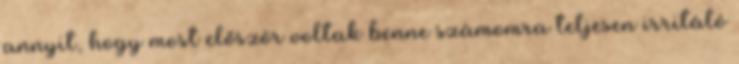
annyit, hogy most először voltak benne számomra teljesen irritáló